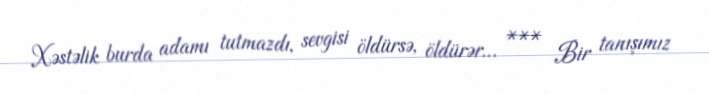
Xəstəlik burda adamı tutmazdı, sevgisi öldürsə, öldürər… *** Bir tanışımız